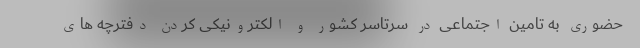
حضوری به تامین اجتماعی در سرتاسر کشور و الکترونیکی کردن دفترچه های